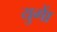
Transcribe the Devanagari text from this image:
युगाें